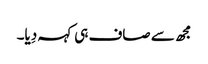
مجھ سے صاف ہی کہہ دِیا۔